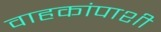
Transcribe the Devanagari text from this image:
वाहकांपाशी